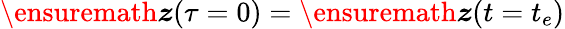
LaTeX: \ensuremath{\boldsymbol{z}}(\tau=0)=\ensuremath{\boldsymbol{z}}(t=t_{e})